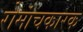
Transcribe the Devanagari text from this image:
रोमांचकारक